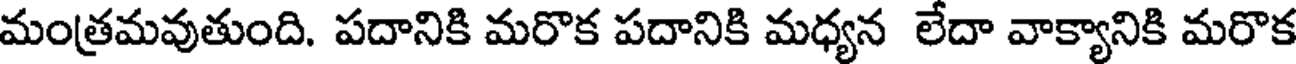
మంత్రమవుతుంది. పదానికి మరొక పదానికి మధ్యన లేదా వాక్యానికి మరొక